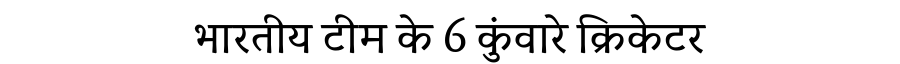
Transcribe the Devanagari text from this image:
भारतीय टीम के 6 कुंवारे क्रिकेटर